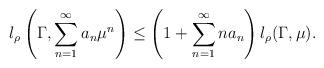
LaTeX: \begin{align*} l_{\rho}\left(\Gamma, \sum_{n=1}^{\infty}a_n\mu^n \right) \leq \left(1+\sum_{n=1}^{\infty} n a_n\right) l_{\rho}(\Gamma,\mu). \end{align*}